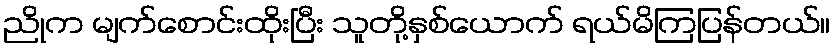
ညိုက မျက်စောင်းထိုးပြီး သူတို့နှစ်ယောက် ရယ်မိကြပြန်တယ်။